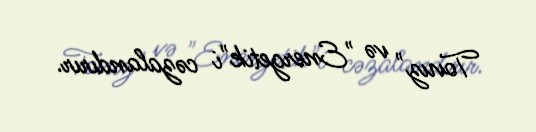
Tovuz" və "Energetik"i cəzalandırır.